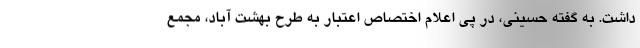
داشت. به گفته حسینی، در پی اعلام اختصاص اعتبار به طرح بهشت آباد، مجمع